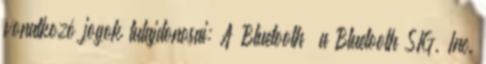
vonatkozó jogok tulajdonosai: A Bluetooth® a Bluetooth SIG, Inc.